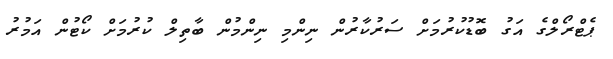
ޕެޓްރޯލްގެ އަގު ބޮޑުކުރުމަށް ސަރުކާރުން ނިންމި ނިންމުން ބާތިލް ކުރުމަށް ކޯޓުން އަމުރު